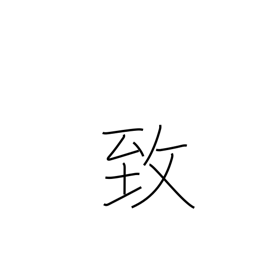
Meaning: incur